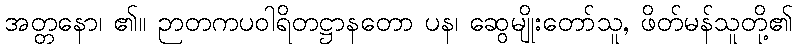
အတ္တနော၊ ၏။ ဉာတကပဝါရိတဋ္ဌာနတော ပန၊ ဆွေမျိုးတော်သူ, ဖိတ်မန်သူတို့၏